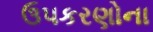
ઉપકરણોના